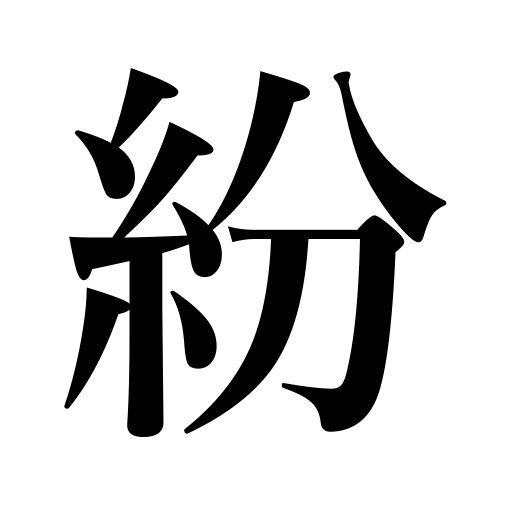
Meanings: beguile,ambiguous,go astray,be diverted from,conceal,evade,be mistaken for,misleading,distract,divert,be confused with